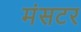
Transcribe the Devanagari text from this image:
मंसटर